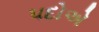
પદોએ